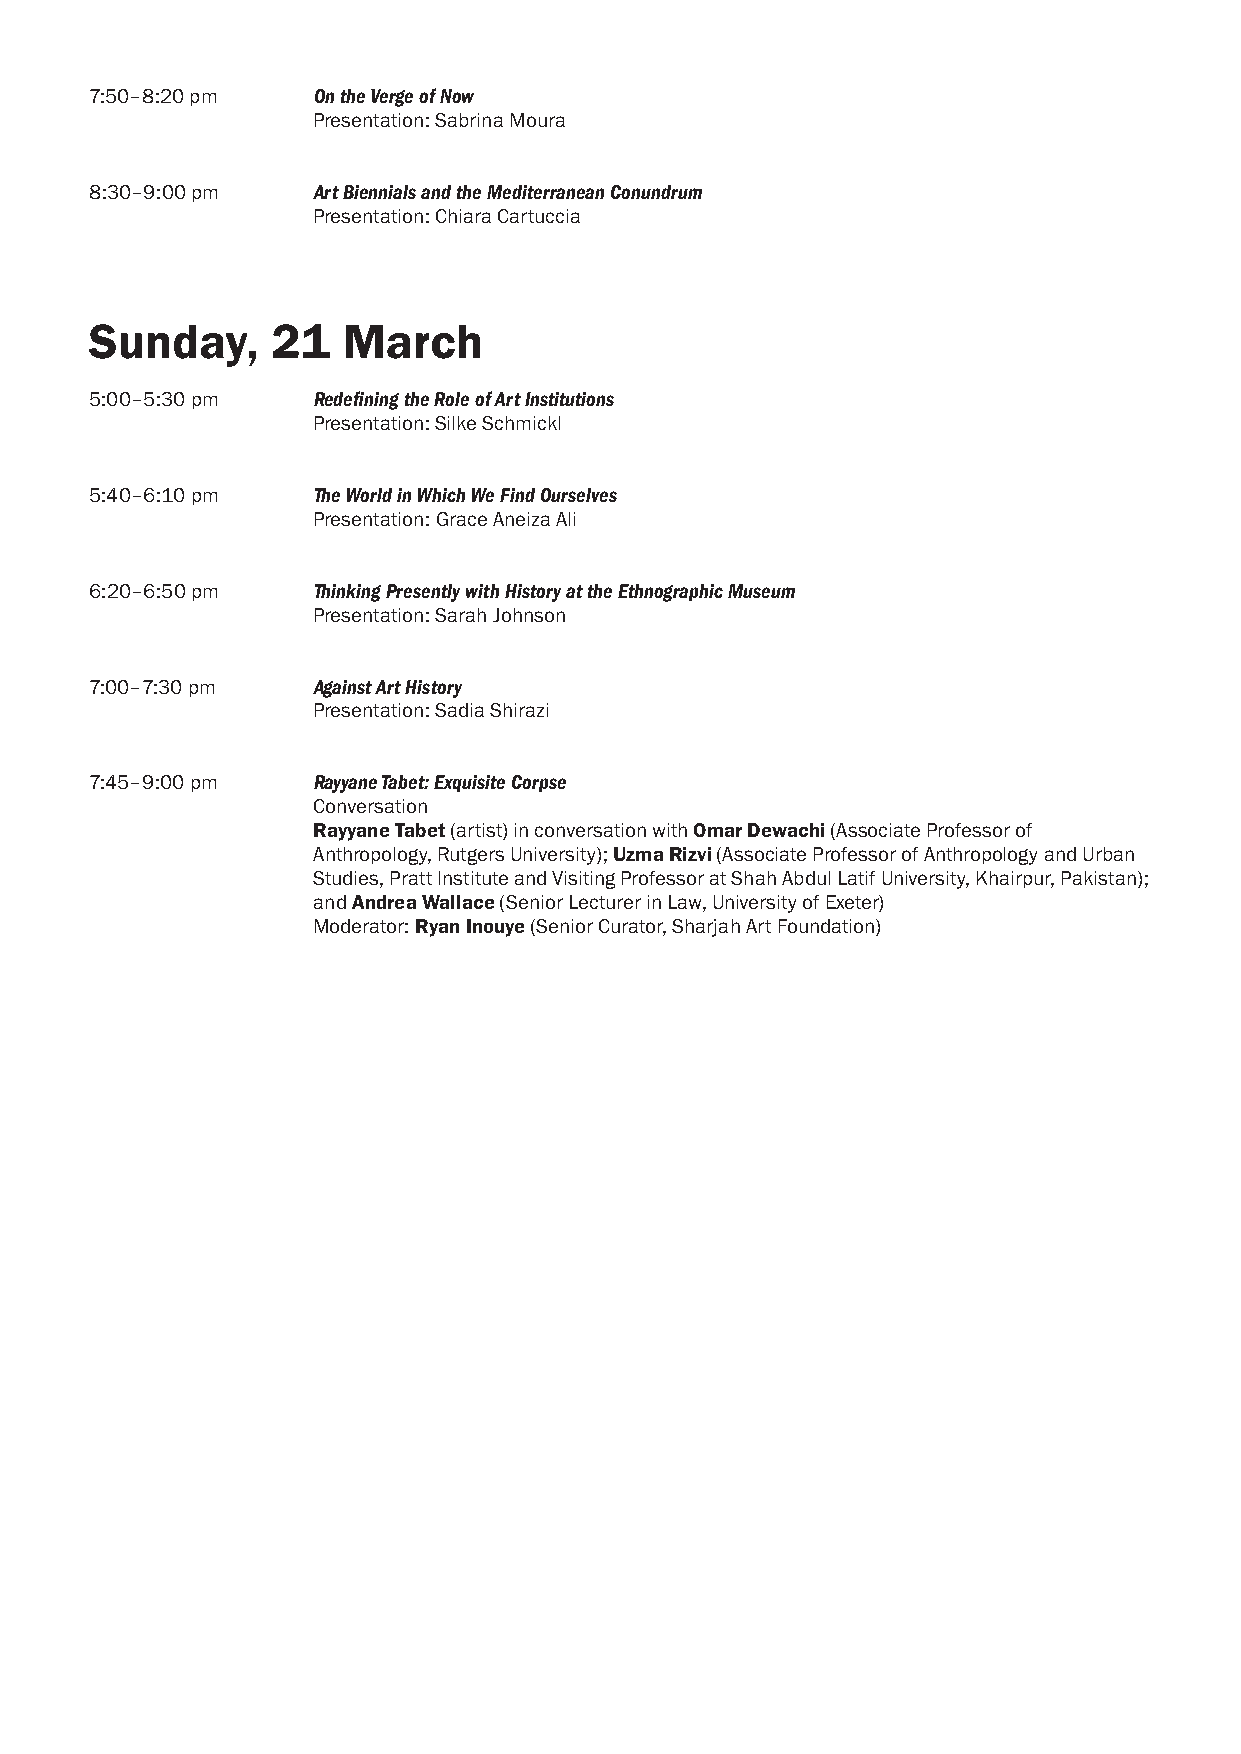
7:50–8:20 pm   On the Verge of Now
 Presentation: Sabrina Moura
 8:30–9:00 pm   Art Biennials and the Mediterranean Conundrum
 Presentation: Chiara Cartuccia
 Sunday,     21   March
 5:00–5:30 pm   Redefining the Role of Art Institutions
 Presentation: Silke Schmickl
 5:40–6:10 pm   The World in Which We Find Ourselves
 Presentation: Grace Aneiza Ali
 6:20–6:50 pm   Thinking Presently with History at the Ethnographic Museum
 Presentation: Sarah Johnson
 7:00–7:30 pm   Against Art History
 Presentation: Sadia Shirazi
 7:45–9:00 pm   Rayyane Tabet: Exquisite Corpse
 Conversation
 Rayyane Tabet (artist) in conversation with Omar Dewachi (Associate Professor of
 Anthropology, Rutgers University); Uzma Rizvi (Associate Professor of Anthropology and Urban
 Studies, Pratt Institute and Visiting Professor at Shah Abdul Latif University, Khairpur, Pakistan);
 and Andrea Wallace (Senior Lecturer in Law, University of Exeter)
 Moderator: Ryan Inouye (Senior Curator, Sharjah Art Foundation)